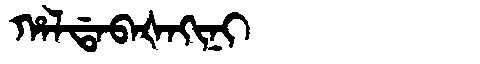
Manchu: ᡥᠠᠯᡩᠠᠪᠠᡧᠠᡴᡳᠨᡳ
Romanization: HALDABAŠAKINI